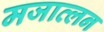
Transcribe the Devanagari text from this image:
मजात्लन